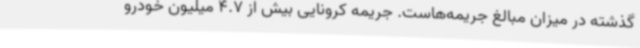
گذشته در میزان مبالغ جریمه‌هاست. جریمه کرونایی بیش از 4.7 میلیون خودرو